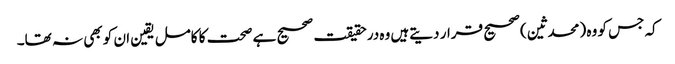
کہ جس کو وہ (محدثین) صحیح قرار دیتےہیں وہ درحقیقت صحیح ہے صحت کا کامل یقین ان کو بھی نہ تھا۔